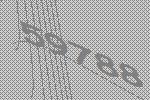
59788